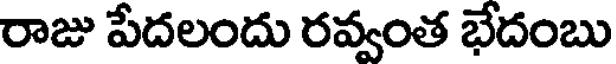
రాజు పేదలందు రవ్వంత భేదంబు